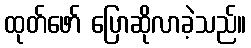
ထုတ်ဖော် ပြောဆိုလာခဲ့သည်။